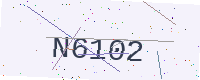
Text: N6102